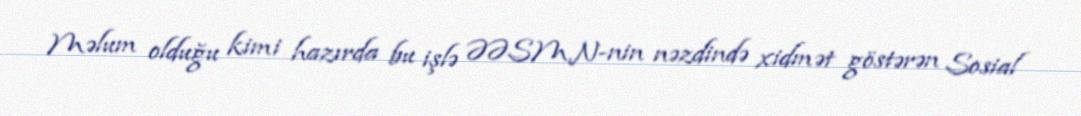
Məlum olduğu kimi hazırda bu işlə ƏƏSMN-nin nəzdində xidmət göstərən Sosial